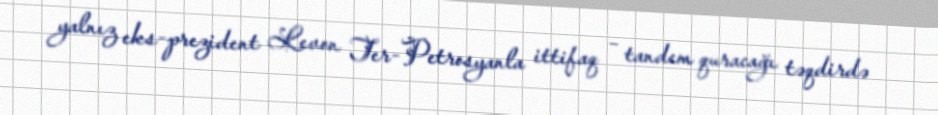
yalnız eks-prezident Levon Ter-Petrosyanla ittifaq – tandem quracağı təqdirdə